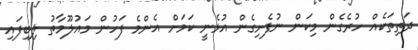
ދަތިތަކެއް ހުރެގެން މިކަން ނުފެށިގެން އުޅެނީ ކަމަށް އެންމެ ފަހުން މައުލޫމާތު ލިބިފައި